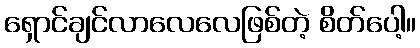
ရှောင်ချင်လာလေလေဖြစ်တဲ့ စိတ်ပေါ့။